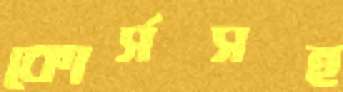
কোর্সসহ